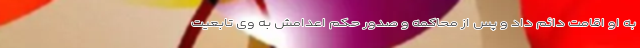
به او اقامت دائم داد و پس از محاکمه و صدور حکم اعدامش به وی تابعیت